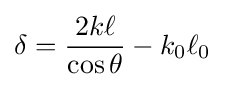
\delta ={2k\ell  \over \cos \theta }-k_{0}\ell _{0}